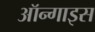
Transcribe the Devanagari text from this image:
ऑन्गाइस